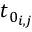
t _ { 0 _ { i , j } }